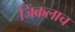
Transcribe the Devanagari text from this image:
जिंकलाच